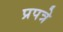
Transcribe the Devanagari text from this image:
प्रपत्रे